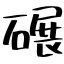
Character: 碾